Report of the Imperial Institute of Veterinary Research, Muktesar
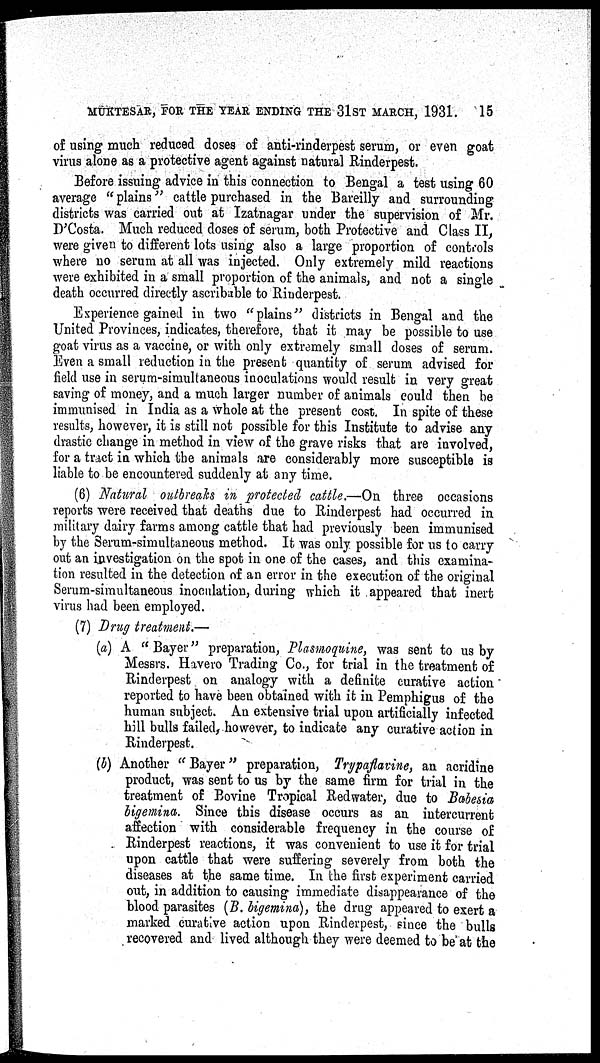
MUKTESAR, FOR THE YEAR ENDING THE 31ST MARCH, 1931.
15
of using much reduced doses of anti-rinderpest serum, or even goat
virus alone as a protective agent against natural Rinderpest.
Before issuing advice in this connection to Bengal a test using 60
average "plains" cattle purchased in the Bareilly and surrounding
districts was carried out at Izatnagar under the supervision of Mr.
D'Costa. Much reduced doses of serum, both Protective and Class II,
were given to different lots using also a large proportion of controls
where no serum at all was injected. Only extremely mild reactions
were exhibited in a small proportion of the animals, and not a single
death occurred directly ascribable to Rinderpest.
Experience gained in two "plains" districts in Bengal and the
United Provinces, indicates, therefore, that it may be possible to use
goat virus as a vaccine, or with only extremely small doses of serum.
Even a small reduction in the present quantity of serum advised for
field use in serum-simultaneous inoculations would result in very great
saving of money, and a much larger number of animals could then be
immunised in India as a whole at the present cost. In spite of these
results, however, it is still not possible for this Institute to advise any
drastic change in method in view of the grave risks that are involved,
for a tract in which the animals are considerably more susceptible is
liable to be encountered suddenly at any time.
(6) Natural outbreaks in protected cattle.—On three occasions
reports were received that deaths due to Rinderpest had occurred in
military dairy farms among cattle that had previously been immunised
by the Serum-simultaneous method. It was only possible for us to carry
out an investigation on the spot in one of the cases, and this examina-
tion resulted in the detection of an error in the execution of the original
Serum-simultaneous inoculation, during which it appeared that inert
virus had been employed.
(7) Drug treatment.—
(a) A " Bayer" preparation, Plasmoquine, was sent to us by
Messrs. Havero Trading Co., for trial in the treatment of
Rinderpest on analogy with a definite curative action
reported to have been obtained with it in Pemphigus of the
human subject. An extensive trial upon artificially infected
hill bulls failed, however, to indicate any curative action in
Rinderpest.
(b) Another " Bayer" preparation, Trypaflavine, an acridine
product, was sent to us by the same firm for trial in the
treatment of Bovine Tropical Redwater, due to Babesia
bigemina. Since this disease occurs as an intercurrent
affection with considerable frequency in the course of
Rinderpest reactions, it was convenient to use it for trial
upon cattle that were suffering severely from both the
diseases at the same time. In the first experiment carried
out, in addition to causing immediate disappearance of the
blood parasites (B. bigemina), the drug appeared to exert a
marked curative action upon Rinderpest, since the bulls
recovered and lived although they were deemed to be at the